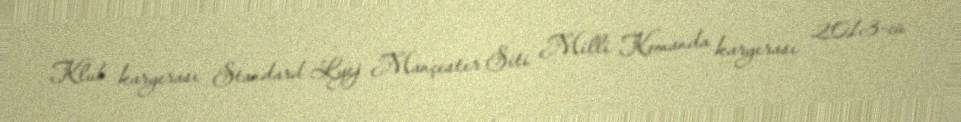
Klub karyerası Standard Lyej Mançester Siti Milli Komanda karyerası 2013-cü